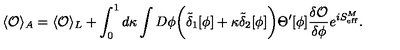
\langle { \cal O } \rangle _ { A } = \langle { \cal O } \rangle _ { L } + \int _ { 0 } ^ { 1 } d \kappa \int D \phi \biggl ( \tilde { \delta } _ { 1 } [ \phi ] + \kappa \tilde { \delta } _ { 2 } [ \phi ] \biggr ) \Theta ^ { \prime } [ \phi ] { \frac { \delta { \cal O } } { \delta \phi } } e ^ { i S _ { \mathrm { e f f } } ^ { M } } .